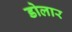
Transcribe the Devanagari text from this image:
डोलार